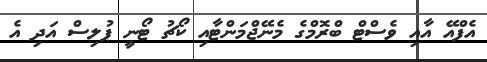
އެފްއޭ އާއި ވެސްޓް ބްރޮމްގެ މެނޭޖްމަންޓާއި ކޯޗު ޓޯނީ ޕުލިސް އަދި އެ